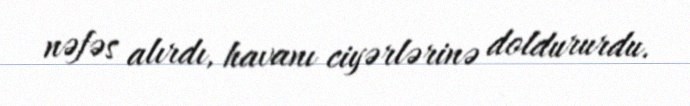
nəfəs alırdı, havanı ciyərlərinə doldururdu.